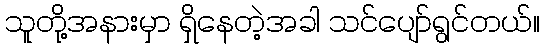
သူတို့အနားမှာ ရှိနေတဲ့အခါ သင်ပျော်ရွင်တယ်။